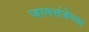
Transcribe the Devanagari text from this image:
जामसंडेच्या